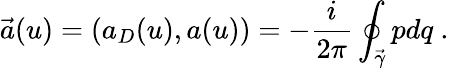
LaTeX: \vec{a}(u)=(a_{D}(u),a(u))=-{\frac{i}{2\pi}}\oint_{\vec{\gamma}}pdq\ .